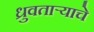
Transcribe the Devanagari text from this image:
ध्रुवताऱ्याचे